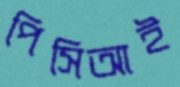
পিসিআই